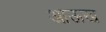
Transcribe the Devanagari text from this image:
आऊख